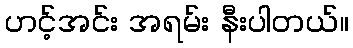
ဟင့်အင်း အရမ်း နီးပါတယ်။